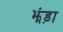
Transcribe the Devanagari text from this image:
झंड़ा